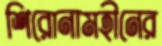
শিরোনামহীনের